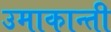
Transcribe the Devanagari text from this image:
उमाकान्‍ती